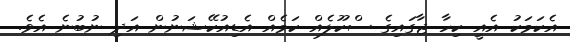
އެކަމަކު އެއީ ކިހާ ޖާގައިގެ ސްކޫލެއް ކަމެއް އެޑިއުކޭޝަނުން އަދި ނުބުނެ އެވެ.